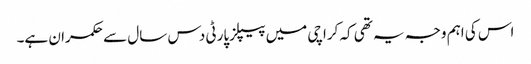
اس کی اہم وجہ یہ تھی کہ کراچی میں پیپلزپارٹی دس سال سے حکمران ہے۔